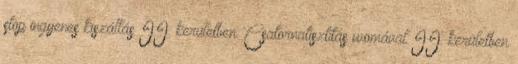
stop ingyenes kiszállás II. kerületben. Csatornatisztítás womával II. kerületben